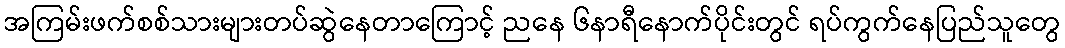
အကြမ်းဖက်စစ်သားများတပ်ဆွဲနေတာကြောင့် ညနေ ၆နာရီနောက်ပိုင်းတွင် ရပ်ကွက်နေပြည်သူတွေ